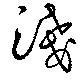
淺